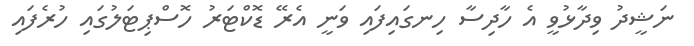
ނަޝީދު ވިދާޅުވީ އެ ހާދިސާ ހިނގައިފައި ވަނީ އެރޭ ޑޮކްޓަރު ހޮސްޕިޓަލުގައި ހުރެފައި